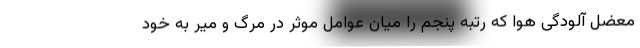
معضل آلودگی هوا که رتبه پنجم را میان عوامل موثر در مرگ و میر به خود